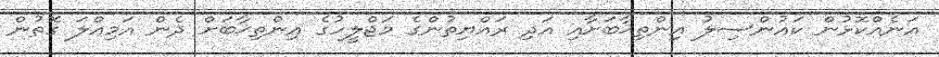
އަނެއްކޮޅުން ކައުންސިލު އިންތިޚާބަށާއި އަދި ރައްޔިތުންގެ މަޖްލީހުގެ އިންތިޚާބަށް ދެން އަމިއްލަ ގޮތުން